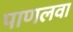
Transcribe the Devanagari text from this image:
पाणलवा